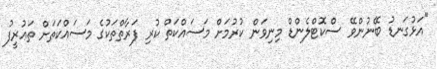
"އަޅުގަނޑު ބޭނުންވޭ ސްކޮޓްލެންޑް މިނިވަން ކުރުމަށް މަސައްކަތް ކުރި ފަރާތްތަކުގެ މަސައްކަތަށް ތަޢުރީފު